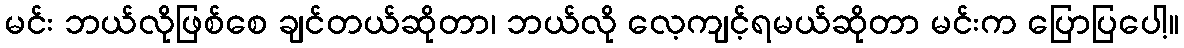
မင်း ဘယ်လိုဖြစ်စေ ချင်တယ်ဆိုတာ၊ ဘယ်လို လေ့ကျင့်ရမယ်ဆိုတာ မင်းက ပြောပြပေါ့။